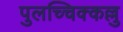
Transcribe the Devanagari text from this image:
पुलच्चिक्कल्लु